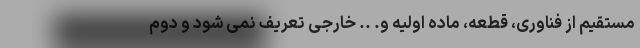
مستقیم از فناوری، قطعه، ماده اولیه و. .. خارجی تعریف نمی شود و دوم